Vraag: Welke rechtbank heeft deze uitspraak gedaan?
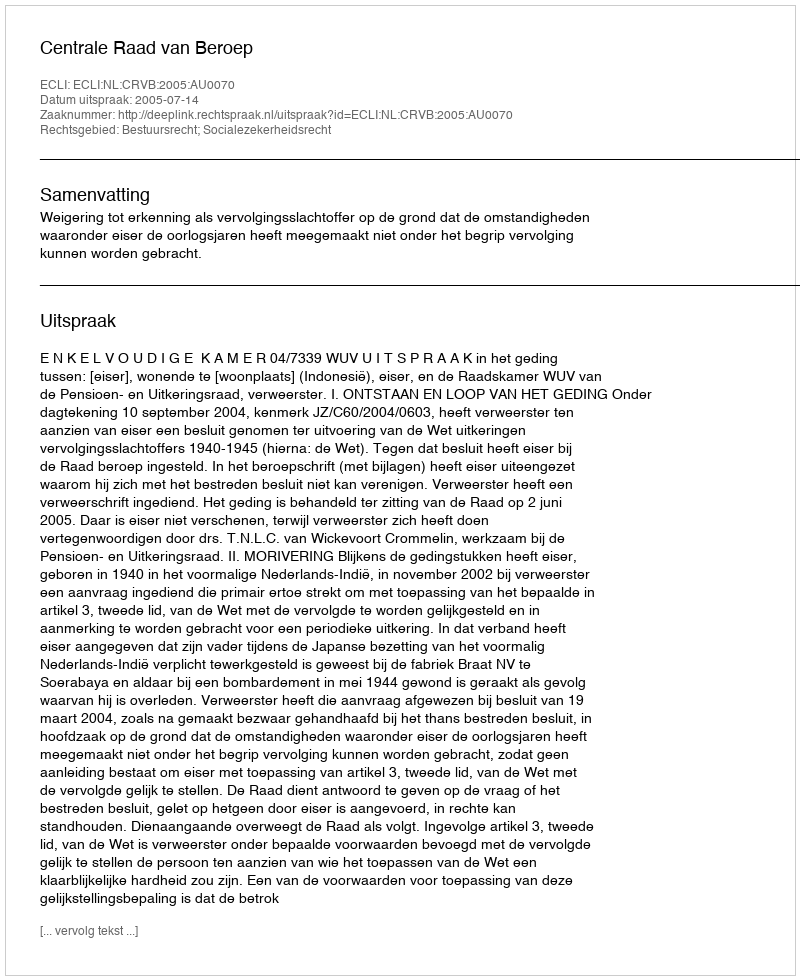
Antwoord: Centrale Raad van Beroep